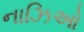
નાઝિઓ